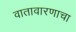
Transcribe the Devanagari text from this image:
वातावारणाचा